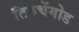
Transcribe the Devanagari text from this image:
तिरुचेंगोड